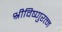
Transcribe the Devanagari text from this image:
श्रीविष्णुरत्न